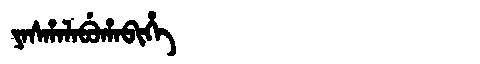
Manchu: ᠶᠠᠰᡥᠠᠯᠠᠪᡠᡥᠠᠪᡳᡥᡝ
Romanization: YASHALABUHABIHE